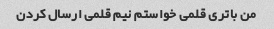
من باتری قلمی خواستم نیم قلمی ارسال کردن